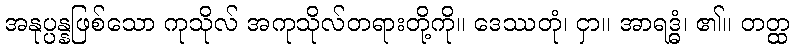
အနုပ္ပန္နဖြစ်သော ကုသိုလ် အကုသိုလ်တရားတို့ကို။ ဒေဿတုံ၊ ငှာ။ အာရဒ္ဓံ၊ ၏။ တတ္ထ